Vaccination in Burma 1912-1922 - 1912-1922
Year: 1912
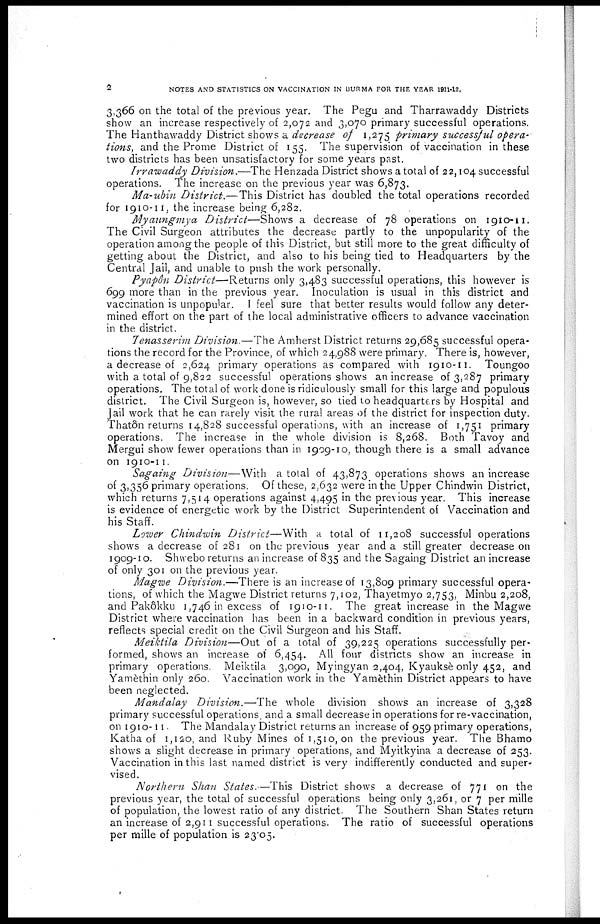
2
NOTES AND STATISTICS ON VACCINATION IN BURMA FOR THE YEAR 1911-12,
3,366 on the total of the previous year. The Pegu and Tharrawaddy Districts
show an increase respectively of 2,072 and 3,070 primary successful operations.
The Hanthawaddy District shows a decrease of 1,275 primary successful opera-
tions, and the Prome District of 155. The supervision of vaccination in these
two districts has been unsatisfactory for some years past.
Irrawaddy Division.—The Henzada District shows a total of 22,104 successful
operations. The increase on the previous year was 6,873.
Ma-ubin District.—This District has doubled the total operations recorded
for 1910-11, the increase being 6,282.
Myaungmya District—Shows a decrease of 78 operations on 1910-11.
The Civil Surgeon attributes the decrease partly to the unpopularity of the
operation among the people of this District, but still more to the great difficulty of
getting about the District, and also to his being tied to Headquarters by the
Central Jail, and unable to push the work personally.
Pyapôn District—Returns only 3,483 successful operations, this however is
699 more than in the previous year. Inoculation is usual in this district and
vaccination is unpopular. I feel sure that better results would follow any deter-
mined effort on the part of the local administrative officers to advance vaccination
in the district.
Tenasserim Division.—The Amherst District returns 29,685 successful opera-
tions the record for the Province, of which 24,988 were primary. There is, however,
a decrease of 2,624 primary operations as compared with 1910-11. Toungoo
with a total of 9,822 successful operations shows an increase of 3,287 primary
operations. The total of work done is ridiculously small for this large and populous
district. The Civil Surgeon is, however, so tied to headquarters by Hospital and
Jail work that he can rarely visit the rural areas of the district for inspection duty.
Thatôn returns 14,828 successful operations, with an increase of 1,751 primary
operations. The increase in the whole division is 8,268. Both Tavoy and
Mergui show fewer operations than in 1909-10, though there is a small advance
on 1910-11.
Sagaing Division—With a total of 43,873 operations shows an increase
of 3,356 primary operations. Of these, 2,632 were in the Upper Chindwin District,
which returns 7,514 operations against 4,495 in the previous year. This increase
is evidence of energetic work by the District Superintendent of Vaccination and
his Staff.
Lower Chindwin District—With a total of 11,208 successful operations
shows a decrease of 281 on the previous year and a still greater decrease on
1909-10. Shwebo returns an increase of 835 and the Sagaing District an increase
of only 301 on the previous year.
Magwe Division.—There is an increase of 13,809 primary successful opera-
tions, of which the Magwe District returns 7,102, Thayetmyo 2,753, Minbu 2,208,
and Pakôkku 1,746 in excess of 1910-11. The great increase in the Magwe
District where vaccination has been in a backward condition in previous years,
reflects special credit on the Civil Surgeon and his Staff.
Meiktila Division—Out of a total of 39,225 operations successfully per-
formed, shows an increase of 6,454. All four districts show an increase in
primary operations. Meiktila 3,090, Myingyan 2,404, Kyauksè only 452, and
Yamèthin only 260. Vaccination work in the Yamèthin District appears to have
been neglected.
Mandalay Division.—The whole division shows an increase of 3,328
primary successful operations, and a small decrease in operations for re-vaccination,
on 1910-11. The Mandalay District returns an increase of 959 primary operations,
Katha of 1,120, and Ruby Mines of 1,510, on the previous year. The Bhamo
shows a slight decrease in primary operations, and Myitkyina a decrease of 253.
Vaccination in this last named district is very indifferently conducted and super-
vised.
Northern Shan States.—This District shows a decrease of 771 on the
previous year, the total of successful operations being only 3,261, or 7 per mille
of population, the lowest ratio of any district. The Southern Shan States return
an increase of 2,911 successful operations. The ratio of successful operations
per mille of population is 23.05.